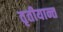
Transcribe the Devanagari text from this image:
तृतीयान्त